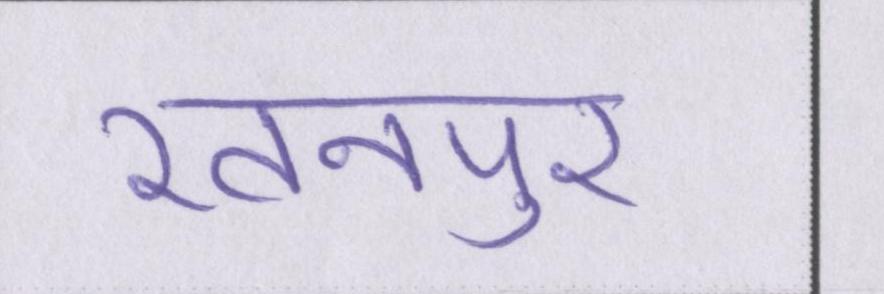
रतनपुर